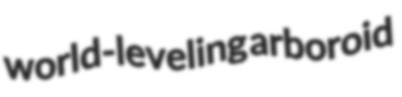
world-leveling arboroid